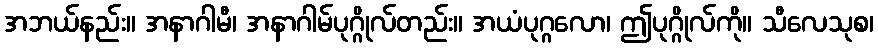
အဘယ်နည်း။ အနာဂါမီ၊ အနာဂါမ်ပုဂ္ဂိုလ်တည်း။ အယံပုဂ္ဂလော၊ ဤပုဂ္ဂိုလ်ကို။ သီလေသုစ၊